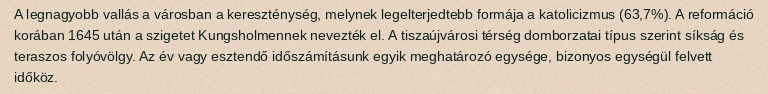
A legnagyobb vallás a városban a kereszténység, melynek legelterjedtebb formája a katolicizmus (63,7%). A reformáció korában 1645 után a szigetet Kungsholmennek nevezték el. A tiszaújvárosi térség domborzatai típus szerint síkság és teraszos folyóvölgy. Az év vagy esztendő időszámításunk egyik meghatározó egysége, bizonyos egységül felvett időköz.